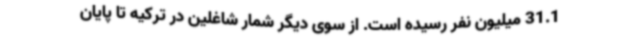
31.1 میلیون نفر رسیده است. از سوی دیگر شمار شاغلین در ترکیه تا پایان